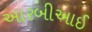
આરબીઆઈ